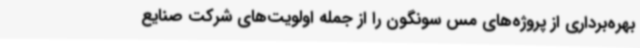
بهره‌برداری از پروژه‌های مس سونگون را از جمله اولویت‌های شرکت صنایع